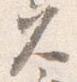
久